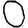
Digit: 0